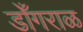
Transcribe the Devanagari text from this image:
डोँगराळ